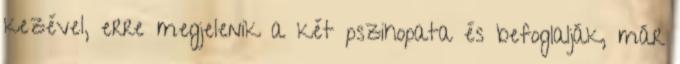
kezével, erre megjelenik a két pszihopata és befoglalják, már